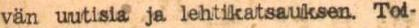
vän uutisia ja lehtikatsauksen. Toi-